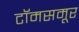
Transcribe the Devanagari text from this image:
टॉमसमूर